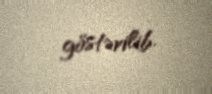
göstərilib.